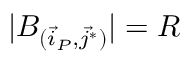
| B _ { ( \vec { i } _ { P } , \vec { j } ^ { * } ) } | = R